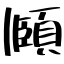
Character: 頥